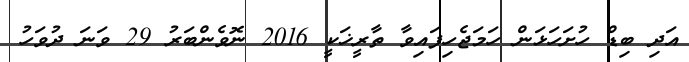
އަދި ބިޑް ހުށަހަޅަން ހަމަޖެހިފައިވާ ތާރީޚަކީ 2016 ނޮވެންބަރު 29 ވަނަ ދުވަހު